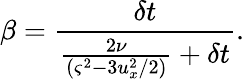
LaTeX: \beta=\frac{\delta t}{\frac{2\nu}{\left(\varsigma^{2}-3u_{x}^{2}/2\right)}+\delta t}.